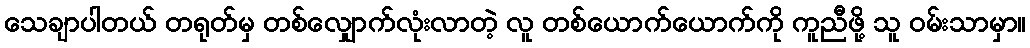
သေချာပါတယ် တရုတ်မှ တစ်လျှောက်လုံးလာတဲ့ လူ တစ်ယောက်ယောက်ကို ကူညီဖို့ သူ ဝမ်းသာမှာ။